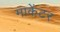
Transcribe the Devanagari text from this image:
माकेंटर